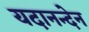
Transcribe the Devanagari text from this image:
यदानन्देन